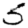
Digit: 5